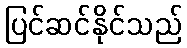
ပြင်ဆင်နိုင်သည်